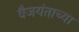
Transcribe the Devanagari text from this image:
वैजयंताच्या